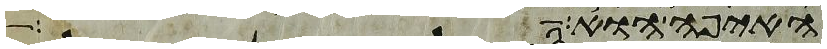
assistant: האיפה הוא